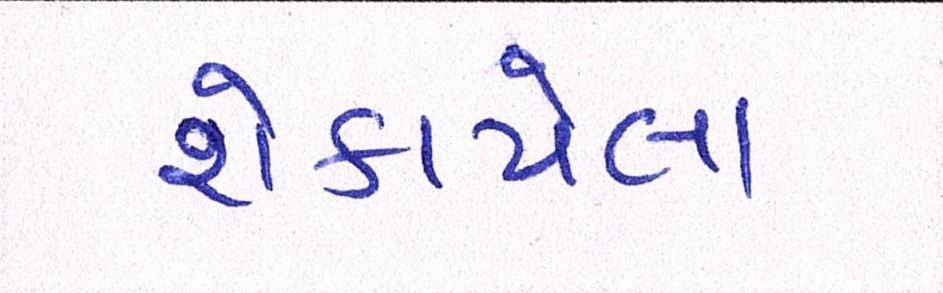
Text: શેકાયેલા